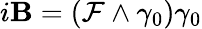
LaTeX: i\mathbf{B}=({\mathcal{F}}\wedge\gamma_{0})\gamma_{0}